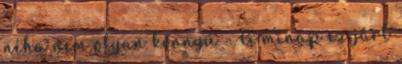
néha nem olyan könnyü - A minap ez járt